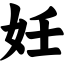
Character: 妊